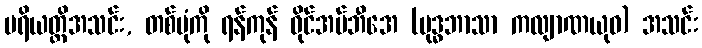
ပရိယတ္တိအသင်း, တစ်ပုံကို ရန်ကုန် ဝိုင်အမ်ဘီအေ (ဗုဒ္ဓဘာသာ ကလျာဏယုဝ) အသင်း